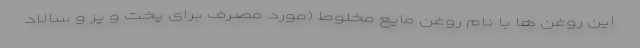
این روغن ها با نام روغن مایع مخلوط (مورد مصرف برای پخت و پز و سالاد